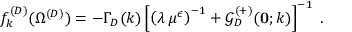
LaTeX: f _ { k } ^ { ( D ) } ( \Omega ^ { ( { D } ) } ) = - \Gamma _ { { D } } ( k ) \left[ \left( \lambda \, \mu ^ { \epsilon } \right) ^ { - 1 } + { \mathcal G } _ { { D } } ^ { ( + ) } ( { \bf 0 } ; k ) \right] ^ { - 1 } \; .